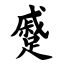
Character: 蹙